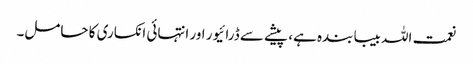
نعمت اللہ بیبا بندہ ہے، پیشے سے ڈرائیور اور انتہائی انکساری کا حامل۔